Vital statistics of India. Vol. IV, Annual returns from 1871 to 1876. British Army of India, Native Army and jails of Bengal
Year: 1871
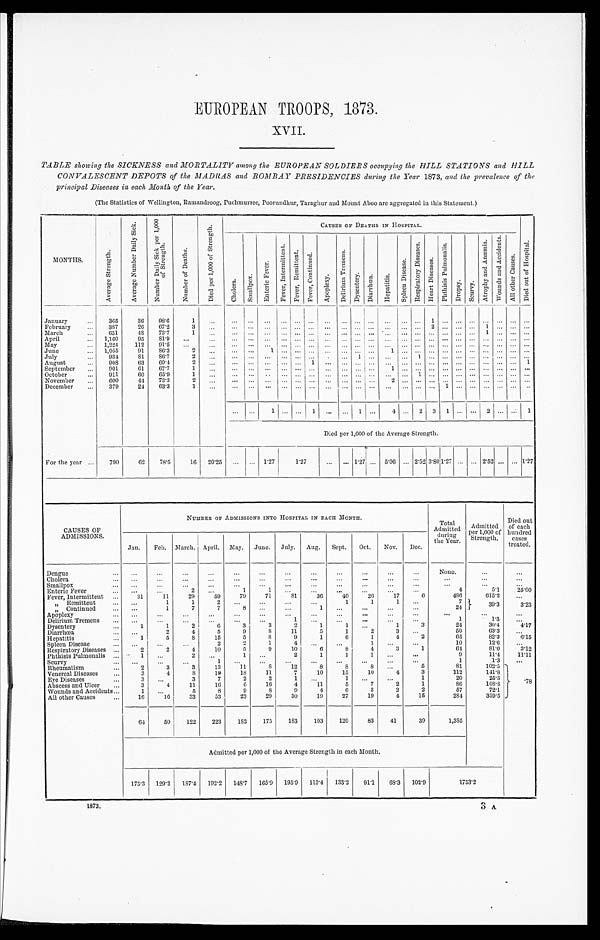
EUROPEAN TROOPS, 1873.
XVII.
TABLE showing the SICKNESS and MORTALITY among the EUROPEAN SOLDIERS occupying the HILL STATIONS and HILL
CONVALESCENT DEPOTS of the MADRAS and BOMBAY PRESIDENCIES during the Year 1873 , and the prevalence of the
principal Diseases in each Month of the Year.
(The Statistics of Wellington, Ramandroog, Puchmurree, Poorundhur, Taraghur and Mount Aboo are aggregated in this Statement.)
MONTHS.
A v e r a g e S t r e n g t h .
A v e r a g e N u m b e r D a i l y S i c k .
N u m b e r D a i l y S i c k P e r 1 , 0 0 0
o f S t r e n g t h .
N u m b e r o f D e a t h s .
D i e d p e r 1 , 0 0 0 o f S t r e n g t h .
CAUSES OF DEATHS IN HOSPITAL.
D i e d o u t o f H o s p i t a l .
C h o l e r a .
S m a l l p o x .
E n t e r i c F e v e r .
F e v e r I n t e r m i t t e n t . F e v e r , R e mi t t e n t .
F e v e r , C o n t i n u e d .
A p o p l e x y .
D e l i r i u m T r e m e n s .
D y s e n t e r y .
Di ar r hœa.
H e p a t i t i s .
S p l e e n D i s e a s e .
R e s p i r a t o r y D i s e a s e s .
H e a r t D i s e a s e s .
P h t h i s i s P u l m o n a l i s .
D r o p s y .
S c u r v y .
A t r o p h y a n d A n æ m i a .
W o u n d s a n d A c c i d e n t s .
A l l o t h e r C a u s e s .
January . . .
365
36
98.6
1
. . .
. . .
. . .
. . .
. . . . . .
. . .
. . .
. . .
. . . . . .
. . .
. . .
. . .
1
. . .
. . .
. . .
. . . . . .
. . .
. . .
February . . .
387
26
67.2
3
. . .
. . .
. . .
. . .
. . . . . .
. . .
. . .
. . .
. . . . . .
. . .
. . .
. . .
2
. . .
. . .
. . .
1 . . .
. . .
. . .
March . . .
651
48
73.7
1
. . .
. . .
. . .
. . .
. . . . . .
. . .
. . .
. . .
. . .. . .
. . .
. . .
. . .
. . .
. . .
. . .
. . .
1 . . .
. . .
. . .
April . . .
1,160
95
81.9
. . .
. . .
. . .
. . .
. . .
. . . . . .
. . .
. . .
. . .
. . . . . .
. . .
. . .
. . .
. . .
. . .
. . .
. . .
. . . . . .
. . .
. . .
May . . .
1,224
112
91.5
. . .
. . .
. . .
. . .
. . .
. . . . . .
. . .
. . .
. . .
. . . . . .
. . .
. . .
. . .
. . .
. . .
. . .
. . .
. . . . . .
. . .
. . .
June . . .
1,055
91
8 6 . 3
2
. . .
. . .
. . .
1
. . . . . .
. . .
. . .
. . .
. . . . . .
1
. . .
. . .
. . .
. . .
. . . . . .
. . . . . .
. . .
. . .
July . . .
934
8 1
86.7
2
. . .
. . .
. . . . . .
. . . . . .
. . .
. . .
. . .
1 . . . . . .
. . .
1
. . .
. . .
. . .
. . .
. . . . . .
. . .
. . .
August . . .
908
63
69.4
2
. . .
. . .
. . .
. . .
. . . . . .
1
. . .
. . .
. . .. . . . . .
. . .
. . .
. . .
. . .
. . .
. . .
. . . . . .
. . . 1
September . . .
901
61
67.7
1
. . .
. . .
. . .
. . .
. . . . . .
. . .
. . .
. . .
. . . . . .
1
. . .
. . . . . .
. . .
. . .
. . .
. . . . . .
. . .
. . .
October . . .
911
60
65.9
1
. . .
. . . . . .
. . .
. . . . . .
. . .
. . .
. . .
. . . . . .
. . .
. . .
1
. . .
. . .
. . .
. . .
. . . . . .
. . .
. . .
November . . .
600
44
73.3
2
. . .
. . .
. . .
. . .
. . . . . .
. . .
. . .
. . .
. . . . . .
2
. . . . . .
. . .
. . .
. . . . . .
. . . . . .
. . .
. . .
December . . .
379
24
63.3
1
. . .
. . .
. . .
. . .
. . .
. . .
. . .
. . .
. . .
. . .
. . .
. . .
. . .
. . .
. . .
. . .
. . .
. . .
1
. . .
. . .
. . . . . .
. . .
. . .
. . . . . .
. . .
1 . . .
. . .
. . . 1
. . .
. . .
1 1. . . 4
. . .
3
1
. . .
. . .
2 . . .
. . .
1
Died per 1,000 of the Average Strength.
For the year . . .
790
62
78.5
16
20.25
. . .
. . . 1.27
1.27
. . .
. . . 1.27 . . . 5.06
. . . 2.52 3.80 1.27 . . .
. . . 2.52 . . .
. . . 1.27
CAUSES OF
ADMISSIONS.
NUMBER OF ADMISSIONS INTO HOSPITAL IN EACH MONTH.
Total
Admitted
during.
the Year.
Admitted
Per 1,000 of
Strength.
Died out
of each
hundred
cases
treated.
Jan.
Feb.
March. April.
May.
June.
July.
Aug.
Sept.
Oct.
Nov.
Dec.
Dengue . . .
. . .
. . .
. . .
. . .
. . .
. . .
. . .
. . .
. . .
. . .
. . .
. . .
None.
. . .
. . .
Cholera . . .
. . .
. . .
. . .
. . .
. . .
. . .
. . .
. . .
. . .
. . .
. . .
. . .
. . .
. . .
. . .
Smallpox . . .
. . .
. . .
. . .
. . .
. . .
. . .
. . .
. . .
. . .
. . .
. . .
. . .
. . .
. . .
. . .
Enteric Fever . . .
. . .
. . .
2
. . .
1
1
. . .
. . .
. . .
. . .
. . .
. . .
4
5.1
25.00
Fever, Intermittent . . .
31
11
29
59
79
71
8 1
36
40
26
17
6
486
615.2
. . .
" Remittent . . .
. . .
1
1
2
. . .
. . .
. . .
. . .
1
1 1
. . .
7
39.3
3.23
" Continued . . .
. . .
1
7
7
8
. . .
. . .
1
. . .
. . .
. . .
. . .
24
Apoplexy . . .
. . .
. . .
. . .
. . .
. . .
. . .
. . .
. . .
. . .
. . .
. . .
. . .
. . .
. . .
. . .
Delirium Tremens . . .
. . .
. . .
. . .
. . .
. . .
. . .
1
. . .
. . .
. . .
. . .
. . .
1
1.3
. . .
Dysentery . . .
1
1
2
6
3
3
2
1
1
. . .
1
3
24
30.4
4.17
Diarrhœa . . .
. . .
2
4
5
9
8
11
5
1
2
3
. . .
50
63.3
. . .
Hepatitis . . .
1
5
8
15
5
8
9
1
6
1
4
2
65
82.3
6.15
Spleen Disease . . .
. . .
. . .
. . .
2
2
1
4
. . .
. . .
1
. . .
. . .
10
12.6
. . .
Respiratory Diseases . . .
2
2
4
10
5
9
10
6
8
4
3
1
64
81.0
3.12
Phthisis Pulmonalis . . .
1
. . .
2
. . .
1
. . .
2
1
1
1
. . .
. . .
9
11.4
11.11
Scurvy . . .
. . .
. . .
. . .
1
. . .
. . .
. . .
. . .
. . .
. . .
. . .
. . .
1
1.3
. . .
Rheumatism . . .
2
3
3
13
11
8
12
8
8
8
. . .
5
81
102.5
. 7 8
Venereal Diseases . . .
3
4
8
19
18
11
7
10
15
10
4
3
112
141.8
Eye Diseases . . .
3
. . .
3
7
2
2
1
. . .
1
. . .
. . .
1
20
25.3
Abscess and Ulcer . . .
3
4
11
16
6
16
4
11
5
7
2
1
86
108.8
Wounds and Accidents . . .
1
. . .
5
8
9
8
9
4
6
3
2
2
57
72.1
All other Causes . . .
16
16
33
53
23
29
30
19
27
19
4
15
284
359.5
64
50
122
223
182
175
183
103
120
83
41
39
1,385
Admitted per 1,000 of the Average Strength in each Month.
175.3
129.2
187.4
192.2
148.7
165.9
195.9
113.4
133.2
91.1
68.3
102.9
1753.2
1873.
3 A